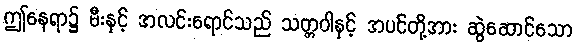
ဤနေရာ၌ မီးနှင့် အလင်းရောင်သည် သတ္တဝါနှင့် အပင်တို့အား ဆွဲဆောင်သော